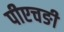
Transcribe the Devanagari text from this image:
पीएचङी